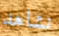
نشاهد